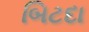
બિટદા